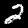
Label: 2